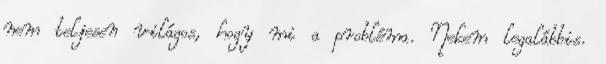
nem teljesen világos, hogy mi a probléma. Nekem legalábbis.